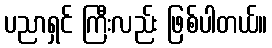
ပညာရှင် ကြီးလည်း ဖြစ်ပါတယ်။